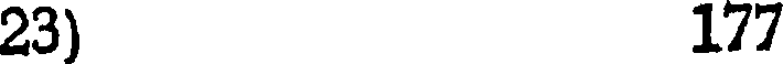
23) 177